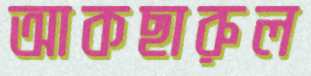
আকছারুল